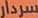
سردار